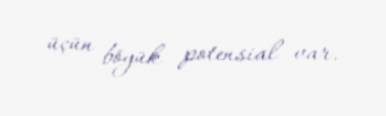
üçün böyük potensial var.